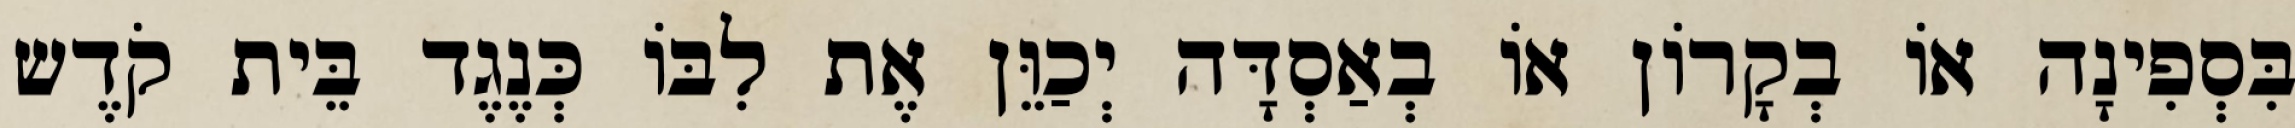
בִּסְפִינָה אוֹ בְקָרוֹן אוֹ בְאַסְדָּה יְכַוֵּן אֶת לִבּוֹ כְּנֶגֶד בֵּית קֹדֶש